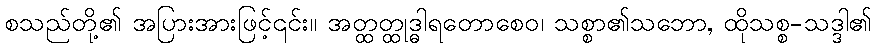
စသည်တို့၏ အပြားအားဖြင့်၎င်း။ အတ္ထတ္ထုဒ္ဓါရတောစေဝ၊ သစ္စာ၏သဘော, ထိုသစ္စ-သဒ္ဒါ၏